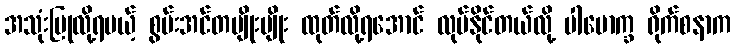
အသုံးပြုလို့ရမယ့် စွမ်းအင်တမျိုးမျိုး ထုတ်လို့ရအောင် လုပ်နိုင်တယ်လို့ ပါမောက္ခ ရိုက်စနာက